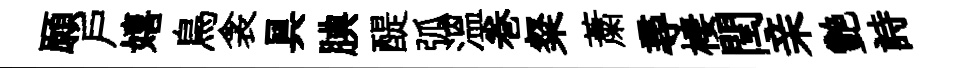
願戸嬉鳥衾具腆醍弧温巻粲䔥尋棲閏亲艷詩